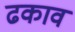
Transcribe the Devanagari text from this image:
ढकाव